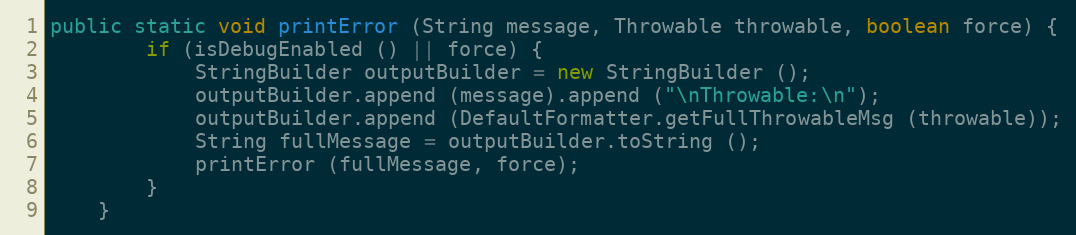
Language: Java
public static void printError (String message, Throwable throwable, boolean force) {
		if (isDebugEnabled () || force) {
			StringBuilder outputBuilder = new StringBuilder ();
			outputBuilder.append (message).append ("\nThrowable:\n");
			outputBuilder.append (DefaultFormatter.getFullThrowableMsg (throwable));
			String fullMessage = outputBuilder.toString ();
			printError (fullMessage, force);
		}
	}